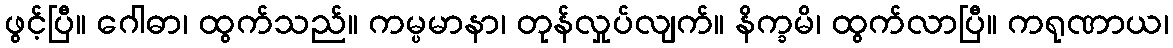
ဖွင့်ပြီ။ ဂေါဓာ၊ ထွက်သည်။ ကမ္ပမာနာ၊ တုန်လှုပ်လျက်။ နိက္ခမိ၊ ထွက်လာပြီ။ ကရုဏာယ၊